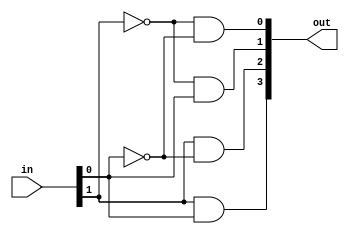
`timescale 1ns / 1ps
//////////////////////////////////////////////////////////////////////////////////
// Company: 
// Engineer: 
// 
// Design Name: 
// Module Name: decoder_2to4
// Project Name: 
// Target Devices: 
// Tool Versions: 
// Description: 
// 
// Dependencies: 
// 
// Revision:
// Revision 0.01 - File Created
// Additional Comments:
// 
//////////////////////////////////////////////////////////////////////////////////


module decoder_2to4 (in, out);
    input   wire[1:0]    in;
    output  wire[3:0]    out;
    
    assign  out[0] = ~in[1] & ~in[0],
            out[1] = ~in[1] & in[0],
            out[2] = in[1] & ~in[0],
            out[3] = in[1] & in[0];
endmodule